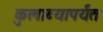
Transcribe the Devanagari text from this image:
कुलाब्यापर्यंत